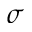
\sigma